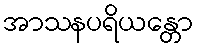
အာသနပရိယန္တော